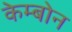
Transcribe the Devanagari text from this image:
केम्बोन